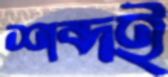
শব্দই